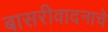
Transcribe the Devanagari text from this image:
बासरीवादनाचे